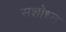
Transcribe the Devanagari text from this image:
सशोध्न